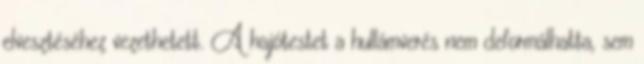
elvesztéséhez vezethetett. A hajótestet a hullámverés nem deformálhatta, sem